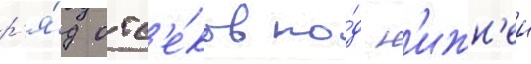
р'я́д отс'е́ков по́д н'ижн'еи